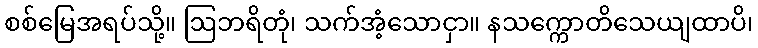
စစ်မြေအရပ်သို့။ ဩဘရိတုံ၊ သက်အံ့သောငှာ။ နသက္ကောတိသေယျထာပိ၊